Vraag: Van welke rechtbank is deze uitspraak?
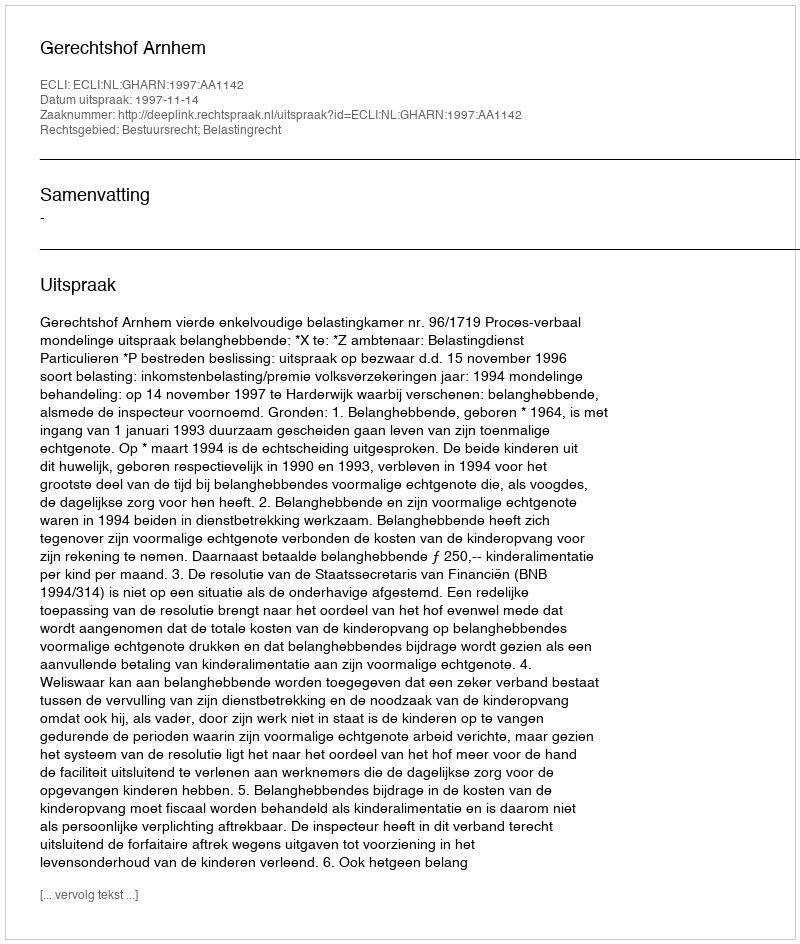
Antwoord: Gerechtshof Arnhem